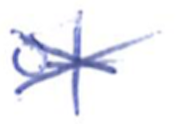
Text: of
Cross-out: cross
Writing tool: ballpoint